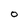
Character: 0